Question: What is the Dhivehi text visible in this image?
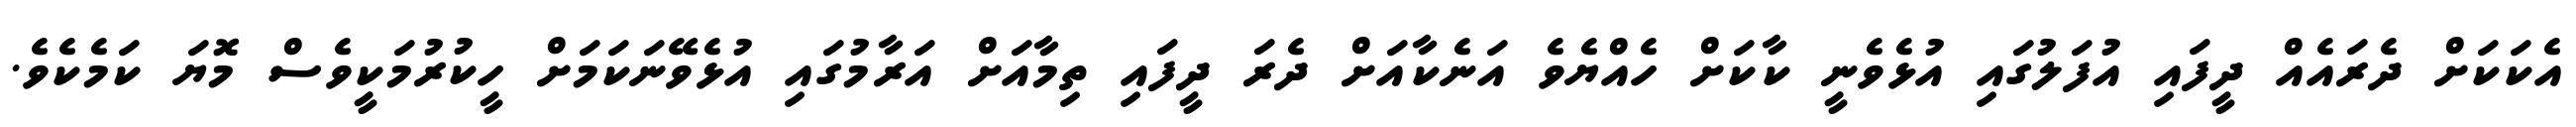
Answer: އެކަކަށް ދެރައެއް ދީފައި އުފަލުގައި އުޅެވެނީ ކާކަށް ހެއްޔެވެ އަނެކާއަށް ދެރަ ދީފައި ތިމާއަށް އަރާމުގައި އުޅެވޭނަކަމަށް ހީކުރުމަކީވެސް މޮޔަ ކަމެކެވެ.